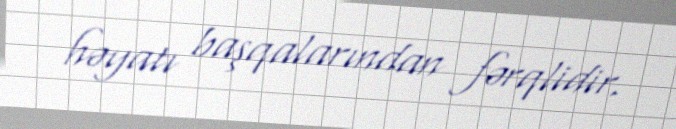
həyatı başqalarından fərqlidir.